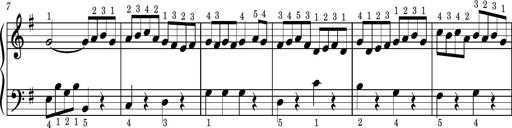
Title: Easy Progressive Lessons and 4 Sonatinas
Composer: Thomas Attwood